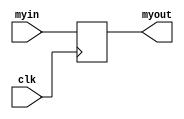
module syncdelay (
 myin, clk, myout
);

output myout;
reg myout;

input myin;
input clk;

always @ (posedge clk)
begin
	myout <= myin;
end

endmodule